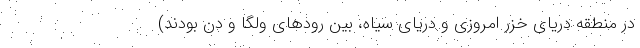
در منطقه دریای خزر امروزی و دریای سیاه، بین رود‌های ولگا و دُن بودند)